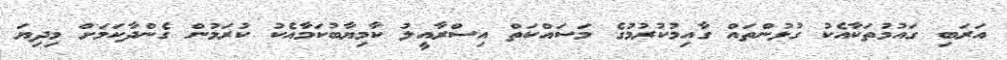
އަރަބި ގައުމުތަކާއެކު ގުޅުންތައް ގާއިމުކުރުމުގެ މަސައްކަތް އިސްރާއީލު ކާމިޔާބުކަމާއެކު ކުރަމުން ގެންދާކަމަށް މިދިޔަ